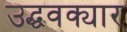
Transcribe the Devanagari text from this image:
उद्धवक्यार